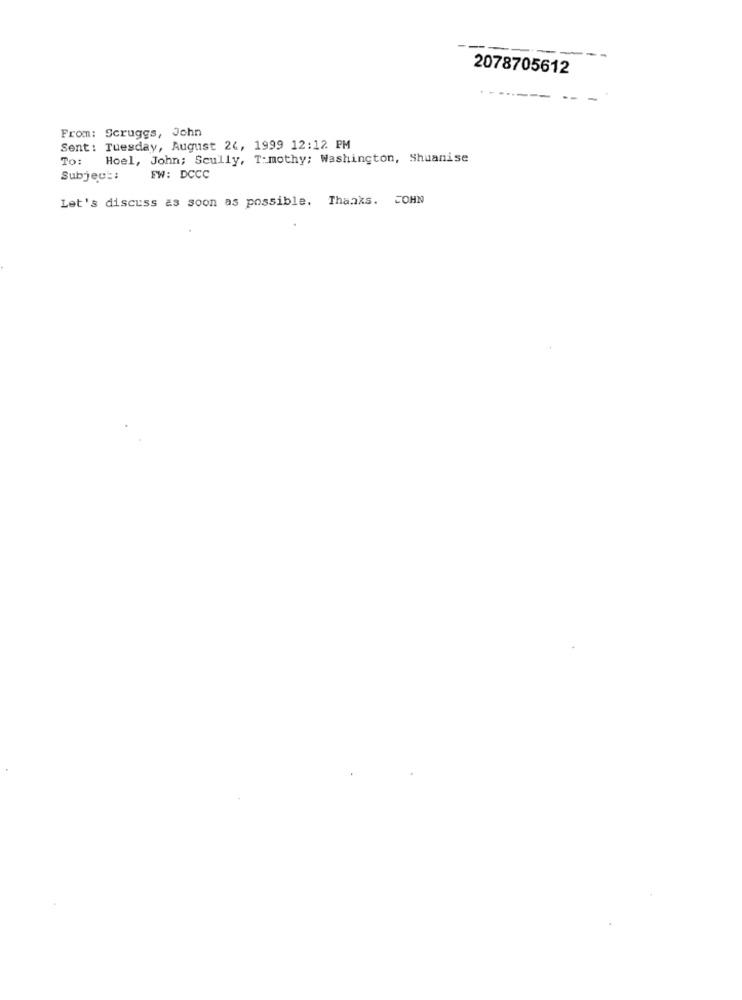
2078705612
From: Scruggs, John
Sent: Tuesday, August 24, 1999 12:12 PM
To:
Hoel, John; Scully, T: mothy; Washington, Shuanise
Subject:
FW: DCCC
Let's discuss as soon as possible. Thanks. JOHN